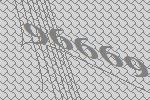
96669